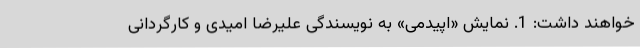
خواهند داشت: 1. نمایش «اپیدمی» به نویسندگی علیرضا امیدی و کارگردانی